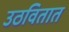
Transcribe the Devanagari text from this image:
उठवितात